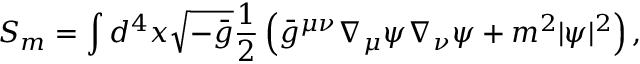
S _ { m } = \int d ^ { 4 } x \sqrt { - \bar { g } } \frac { 1 } { 2 } \left( \bar { g } ^ { \mu \nu } \nabla _ { \mu } \psi \nabla _ { \nu } \psi + m ^ { 2 } | \psi | ^ { 2 } \right) ,